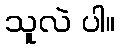
သူလဲ ပါ။